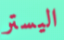
اليستر